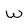
Character: W